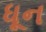
ધૂન